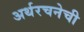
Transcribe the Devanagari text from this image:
अर्थरचनेची